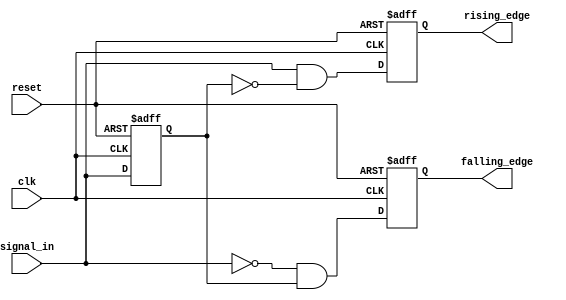
module dual_edge_detector (
    input wire clk,            // Clock signal
    input wire reset,          // Asynchronous reset
    input wire signal_in,      // Input signal to detect edges
    output reg rising_edge,    // Output signal for rising edge detection
    output reg falling_edge     // Output signal for falling edge detection
);

    reg signal_in_prev;        // Previous state of the input signal

    // Asynchronous reset and edge detection logic
    always @(posedge clk or posedge reset) begin
        if (reset) begin
            signal_in_prev <= 1'b0; // Reset previous state to low
            rising_edge <= 1'b0;     // Reset rising edge output
            falling_edge <= 1'b0;    // Reset falling edge output
        end else begin
            // Edge detection logic
            rising_edge <= (signal_in == 1'b1 && signal_in_prev == 1'b0); // Rising edge detected
            falling_edge <= (signal_in == 1'b0 && signal_in_prev == 1'b1); // Falling edge detected
            
            // Update previous state
            signal_in_prev <= signal_in;
        end
    end

endmodule